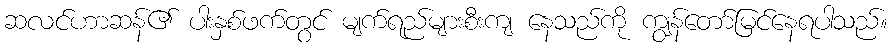
ဆလင်ဟာဆန်၏ ပါးနှစ်ဖက်တွင် မျက်ရည်များစီးကျ နေသည်ကို ကျွန်တော်မြင်နေရပါသည်။